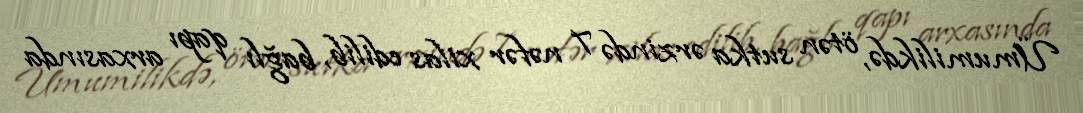
Ümumilikdə, ötən sutka ərzində 7 nəfər xilas edilib, bağlı qapı arxasında